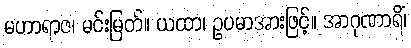
မဟာရာဇ၊ မင်းမြတ်။ ယထာ၊ ဥပမာအားဖြင့်။ အာဂုဏာရိံ၊